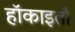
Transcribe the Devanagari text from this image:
हॉकाइतो